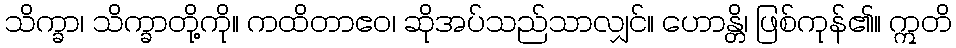
သိက္ခာ၊ သိက္ခာတို့ကို။ ကထိတာဧဝ၊ ဆိုအပ်သည်သာလျှင်။ ဟောန္တိ၊ ဖြစ်ကုန်၏။ ဣတိ